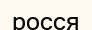
росся